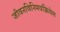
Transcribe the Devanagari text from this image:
जीवनविनिमयक्रियेस